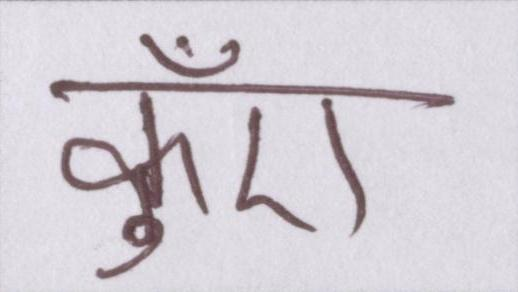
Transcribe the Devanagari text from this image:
कुँए